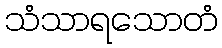
သံသာရသောတံ